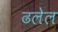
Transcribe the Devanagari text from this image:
ढलेल